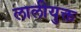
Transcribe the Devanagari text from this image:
लालीयुक्त